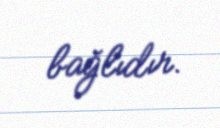
bağlıdır.